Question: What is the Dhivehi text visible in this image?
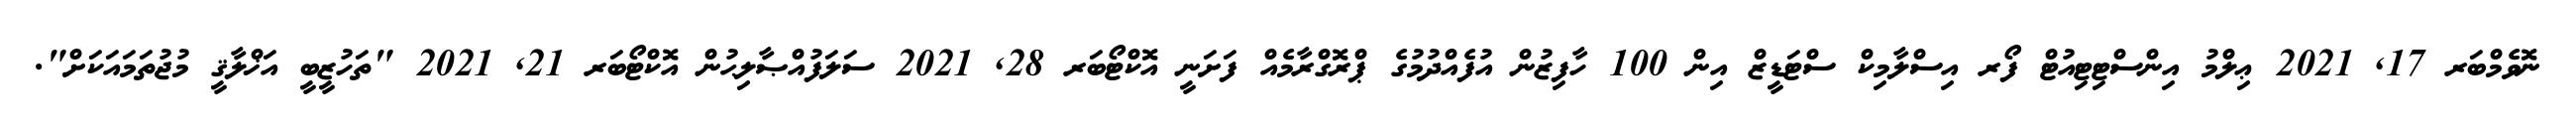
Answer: ނޮވެމްބަރ 17, 2021 ޢިލްމު އިންސްޓިޓިއުޓް ފޯރ އިސްލާމިކް ސްޓަޑީޒް އިން 100 ހާފިޒުން އުފެއްދުމުގެ ޕްރޮގްރާމެއް ފަށަނީ އޮކްޓޯބަރ 28, 2021 ސަލަފުއްޞާލިޙުން އޮކްޓޯބަރ 21, 2021 "ތަހުޒީބީ އަޚްލާޤީ މުޖުތަމައަކަށް".